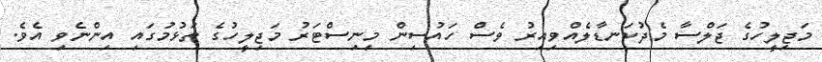
މަޖިލީހުގެ ޖަލްސާ މެދުކަނޑާލެއްވިއިރު ވެސް ހައުސިން މިނިސްޓަރު މަޖިލީހުގެ ތަޅުމުގައި އިންނެވި އެވެ.